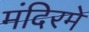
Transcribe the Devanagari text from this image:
मंदिरमे